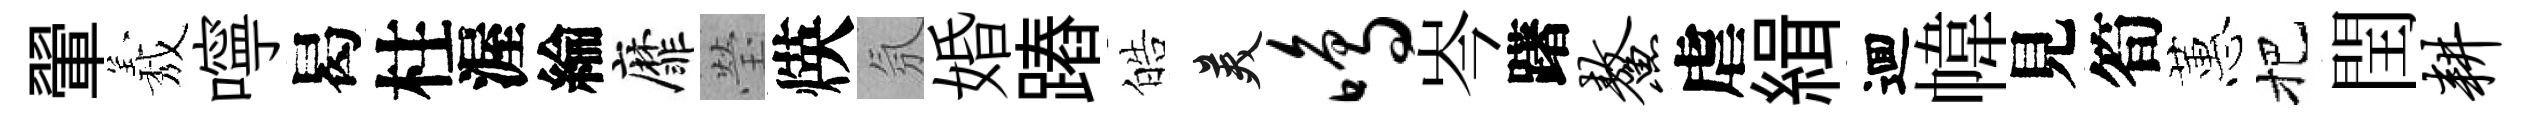
翬𦏁嚀曷柱渥綸靡瑩煐氛婚蹖皓美鸣岑躇鳌虐緝逥幃見筍蕙把閏耕